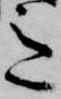
意